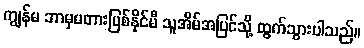
ကျွန်မ ဘာမှမတားမြစ်နိုင်မီ သူအိမ်အပြင်သို့ ထွက်သွားပါသည်။